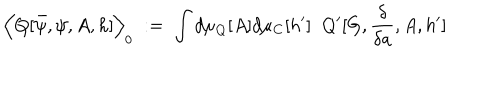
\Big \langle Q [ \bar { \psi } , \psi , A , h ] \Big \rangle _ { 0 } \; : = \; \int d \mu _ { Q } [ A ] d \mu _ { C } [ h ^ { \prime } ] \; \; Q ^ { \prime } [ G , \frac { \delta } { \delta a } , A , h ^ { \prime } ]